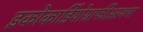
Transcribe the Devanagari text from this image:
इकोकार्डियोग्राफीअस्थमा